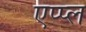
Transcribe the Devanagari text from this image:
एप्‍प्‍ल